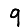
Digit: 9